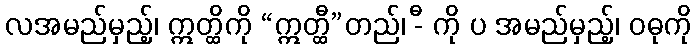
လအမည်မှည့်၊ ဣတ္ထိကို “ဣတ္ထီ”တည်၊ -ီ ကို ပ အမည်မှည့်၊ ဝဓုကို